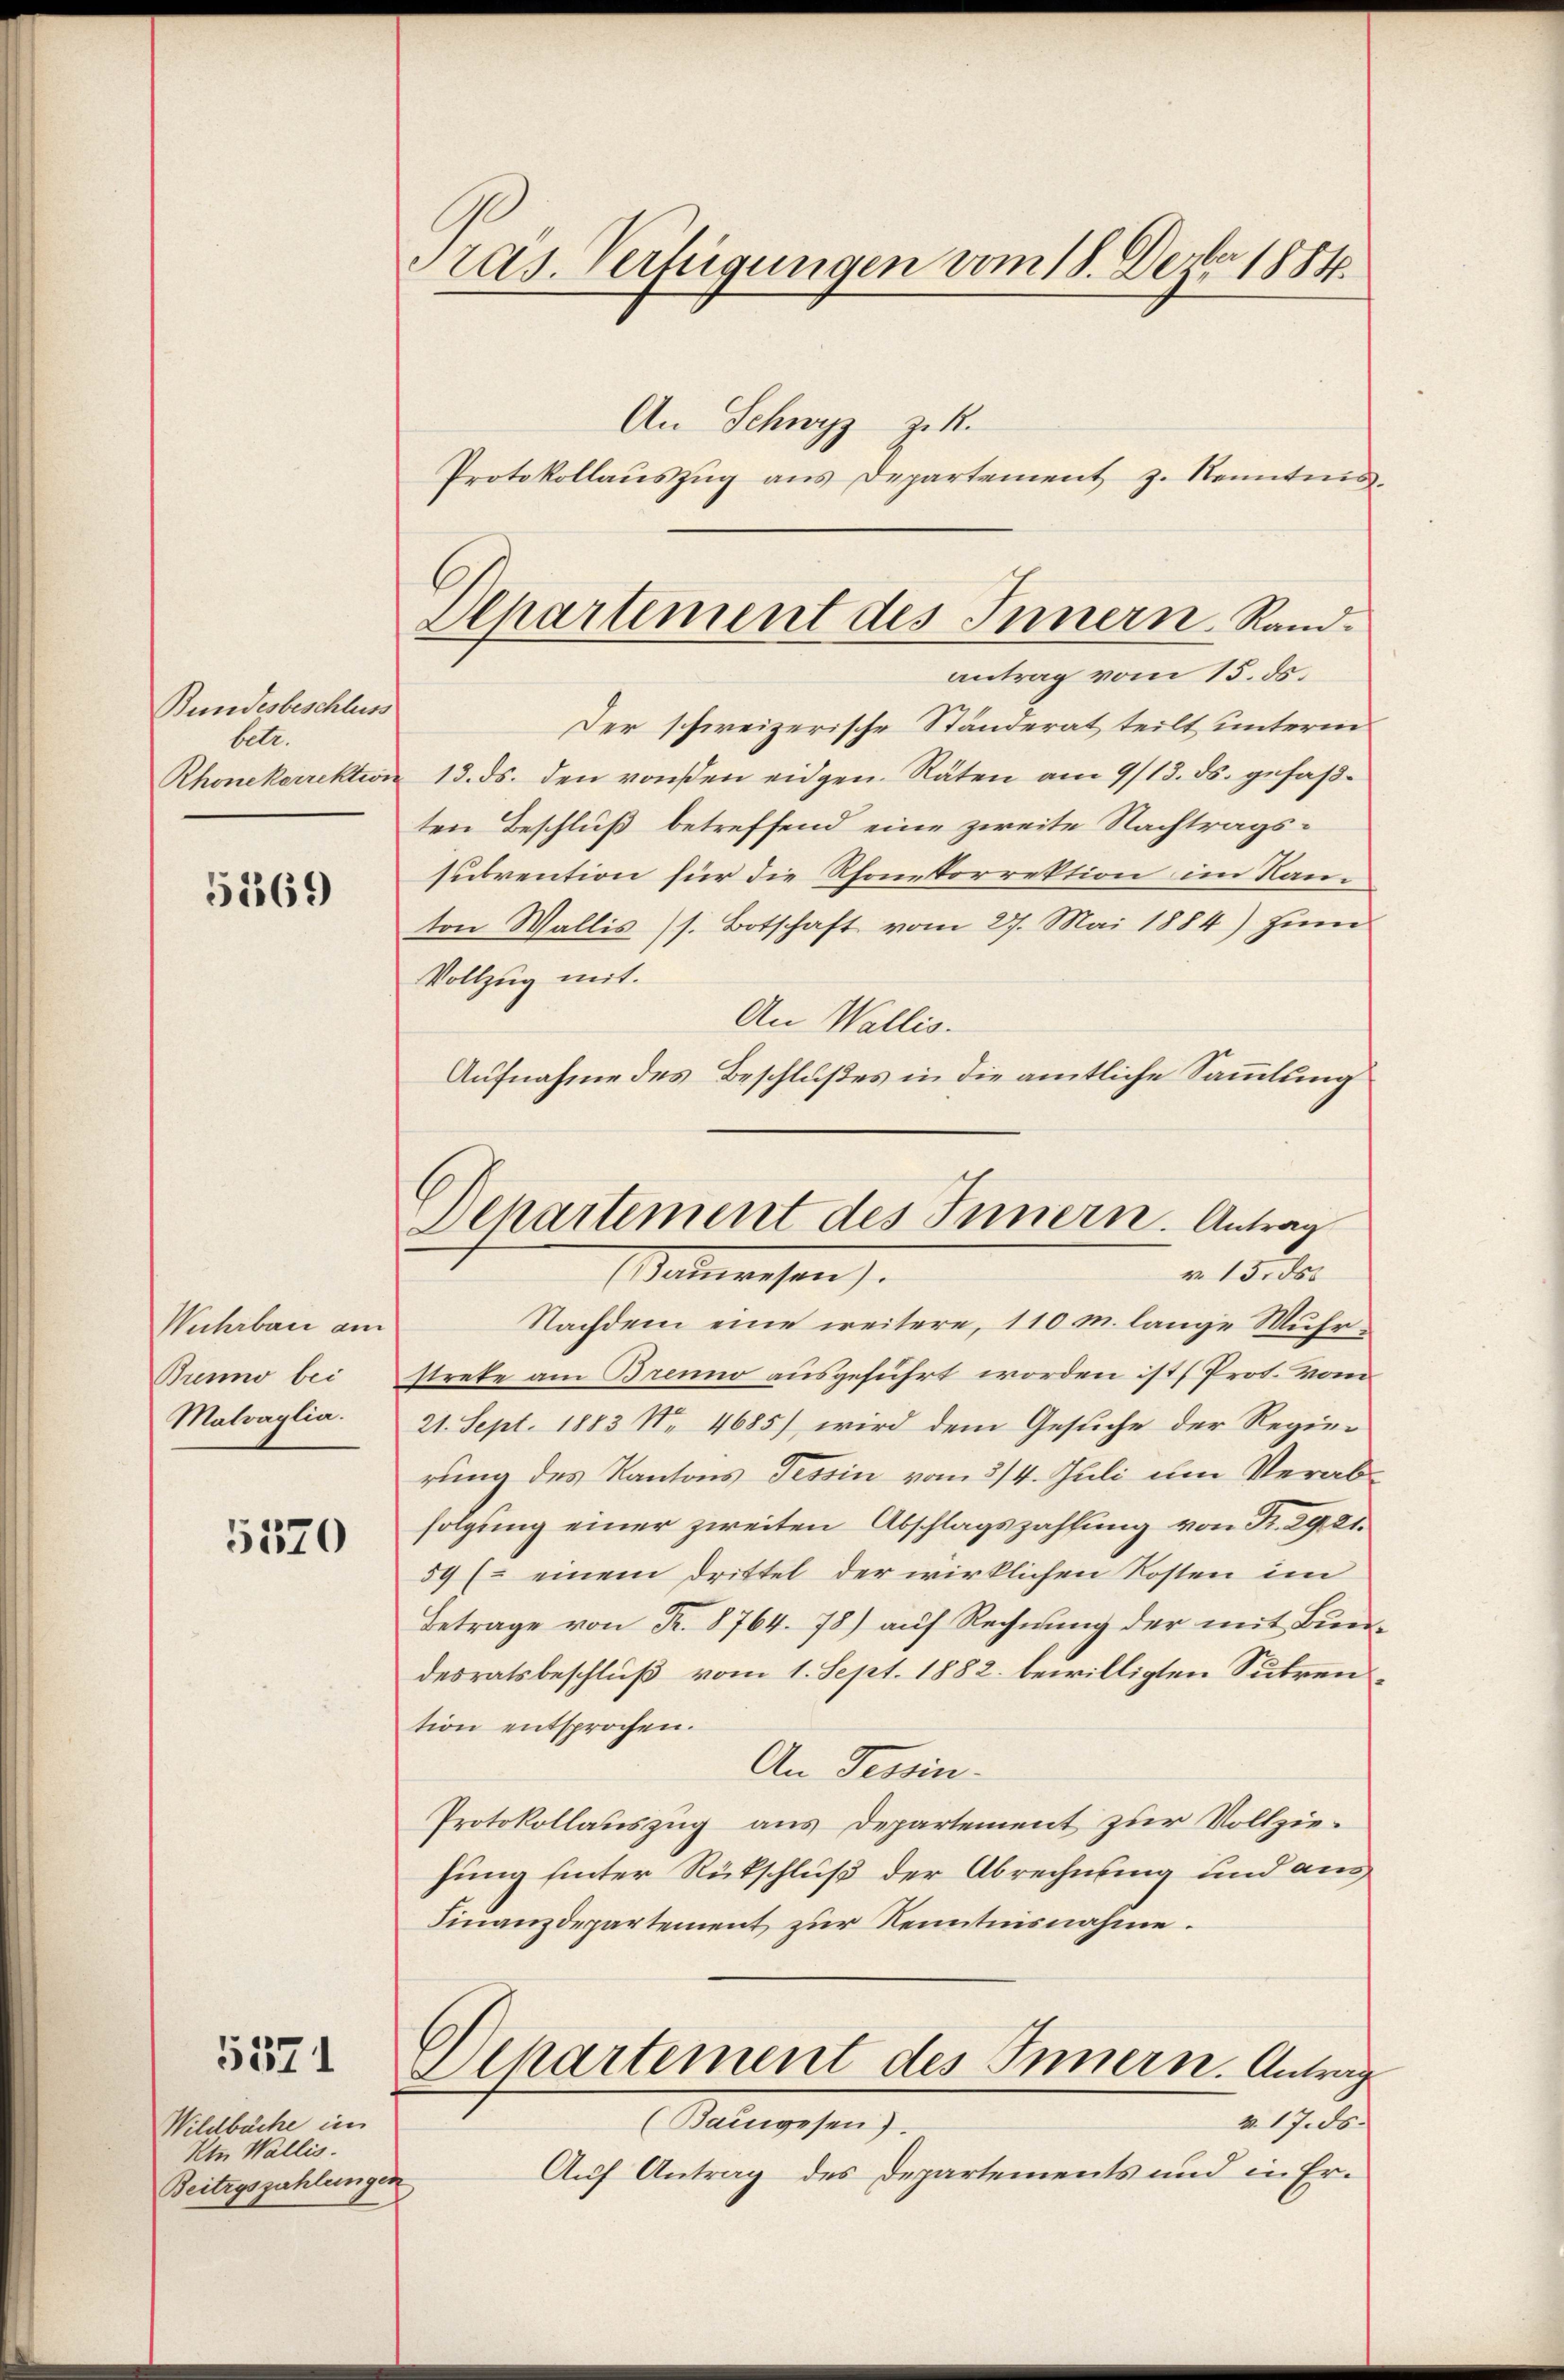
Bundesbeschluss
betr.
Rhonekorrektion

5269

Wuhrbar am
Bunno bei
Malvaglia.

5570

5371

Wildbache in
Kin Wallis.
Beitrgszahlungen

Pras. Verfügungen vom 18. Dezbr 1884.
An Schwyz z.
Protokollaŭszŭg ans Departement z. Renntnis

Departement des Innern. Randantrag vom 15. ds.

Der schweizerische Ständerat teilt unterm
d 13. ds. den vonsen eidgen. Räten am 9/13. ds. gefaßten Beschluß betreffend eine zweite Nachtragssubvention für die Thonkorrektion im Kanton Wallis (s. Botschaft vom 27. Mai 1884) zum
Vollzug mit.
An Wallis.
Aufnahme des Beschlußes in die amtliche Sammlung

Departement des Innern. Antrag
r. 15. 80.
Manwesen.

Nachdem eine weitere, 110 m. lange Muhr-
strete am Brenno ausgeführt worden ist (Prot. Von
21. Sept. 1883 No. 4685) wird dem Gesuche der Regierung des Kantons Tessin vom 3/4. Juli um Verabfolgung einer zweiten Abschlagszahlung von S. 29. 21.
59 (- einem Drittel der wirklichen Kosten im
Betrage von Fr. 8764. 78) auf Rechnung der mit Bundesratsbeschluß vom 1. Sept. 1882 bewilligten Subrention entsprochen.
An Tessin.
Protokollauszug aus Departement zur Vollziehung hinter Rückschluß der Abrechnung und aus
Finanzdepartement zur Kenntnisnahme.
Departement des Innern. Antrag
v. 17. ds.
(Bangesen).
Auf Antrag des Departements und in Er¬